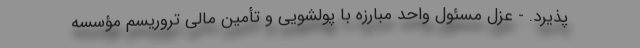
پذیرد. - عزل مسئول واحد مبارزه با پولشویی و تأمین مالی تروریسم مؤسسه